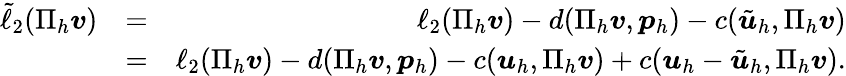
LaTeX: \begin{array}{rlr}{\tilde{\ell}_{2}(\Pi_{h}\boldsymbol{v})}&{=}&{\ell_{2}(\Pi_{h}\boldsymbol{v})-d(\Pi_{h}\boldsymbol{v},\boldsymbol{p}_{h})-c(\tilde{\boldsymbol{u}}_{h},\Pi_{h}\boldsymbol{v})}\\ &{=}&{\ell_{2}(\Pi_{h}\boldsymbol{v})-d(\Pi_{h}\boldsymbol{v},\boldsymbol{p}_{h})-c(\boldsymbol{u}_{h},\Pi_{h}\boldsymbol{v})+c(\boldsymbol{u}_{h}-\tilde{\boldsymbol{u}}_{h},\Pi_{h}\boldsymbol{v}).}\end{array}